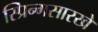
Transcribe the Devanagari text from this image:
स्प्रिन्गसारखे